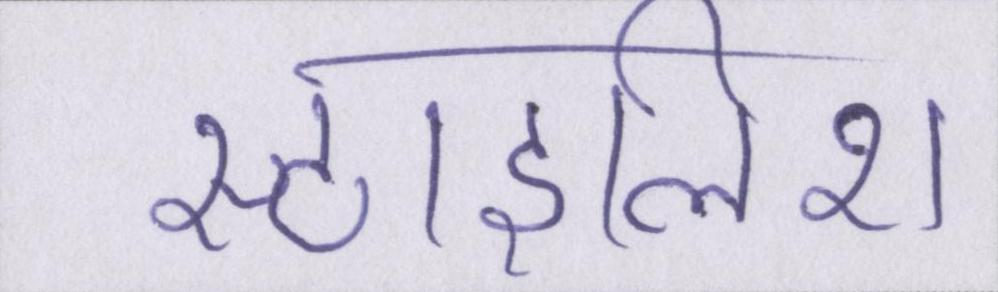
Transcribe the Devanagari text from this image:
स्टाइलिश